Scottish Certificate of Education, 1962
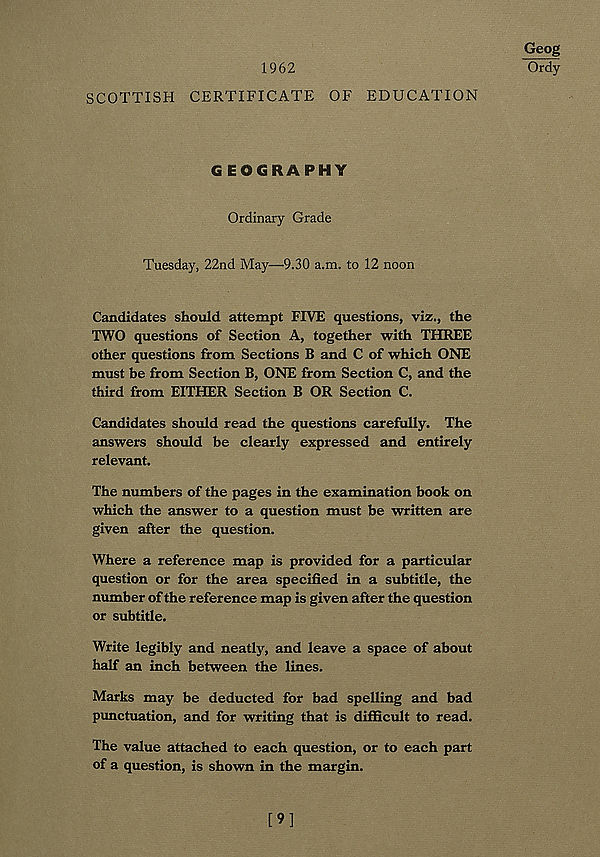
1962
SCOTTISH CERTIFICATE OF EDUCATION
Geog
Ordy
GEOGRAPHY
Ordinary Grade
Tuesday, 22nd May—9.30 a.m. to 12 noon
Candidates should attempt FIVE questions, viz., the
TWO questions of Section A, together with THREE
other questions from Sections B and C of which ONE
must be from Section B, ONE from Section C, and the
third from EITHER Section B OR Section C.
Candidates should read the questions carefully. The
answers should be clearly expressed and entirely
relevant.
The numbers of the pages in the examination book on
which the answer to a question must be written are
given after the question.
Where a reference map is provided for a particular
question or for the area specified in a subtitle, the
number of the reference map is given after the question
or subtitle.
Write legibly and neatly, and leave a space of about
half an inch between the lines.
Marks may be deducted for bad spelling and bad
punctuation, and for writing that is difficult to read.
The value attached to each question, or to each part
of a question, is shown in the margin.
[9]